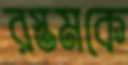
রস্তমকে